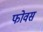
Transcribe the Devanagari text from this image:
फोवस